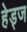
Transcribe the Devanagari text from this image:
हेड्ज